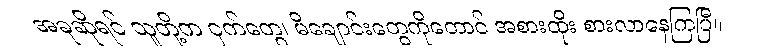
အခုဆိုရင် သူတို့က ငှက်တွေ၊ မိချောင်းတွေကိုတောင် အစားထိုး စားလာနေကြပြီ။